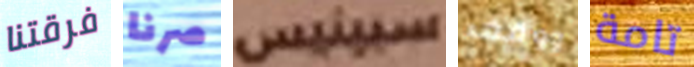
فرقتنا صرنا سبينيس ووقف تامة